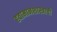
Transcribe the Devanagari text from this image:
हवामानशास्त्राची